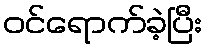
ဝင်ရောက်ခဲ့ပြီး